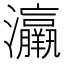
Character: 𤅀